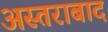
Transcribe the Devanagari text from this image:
अस्तराबाद